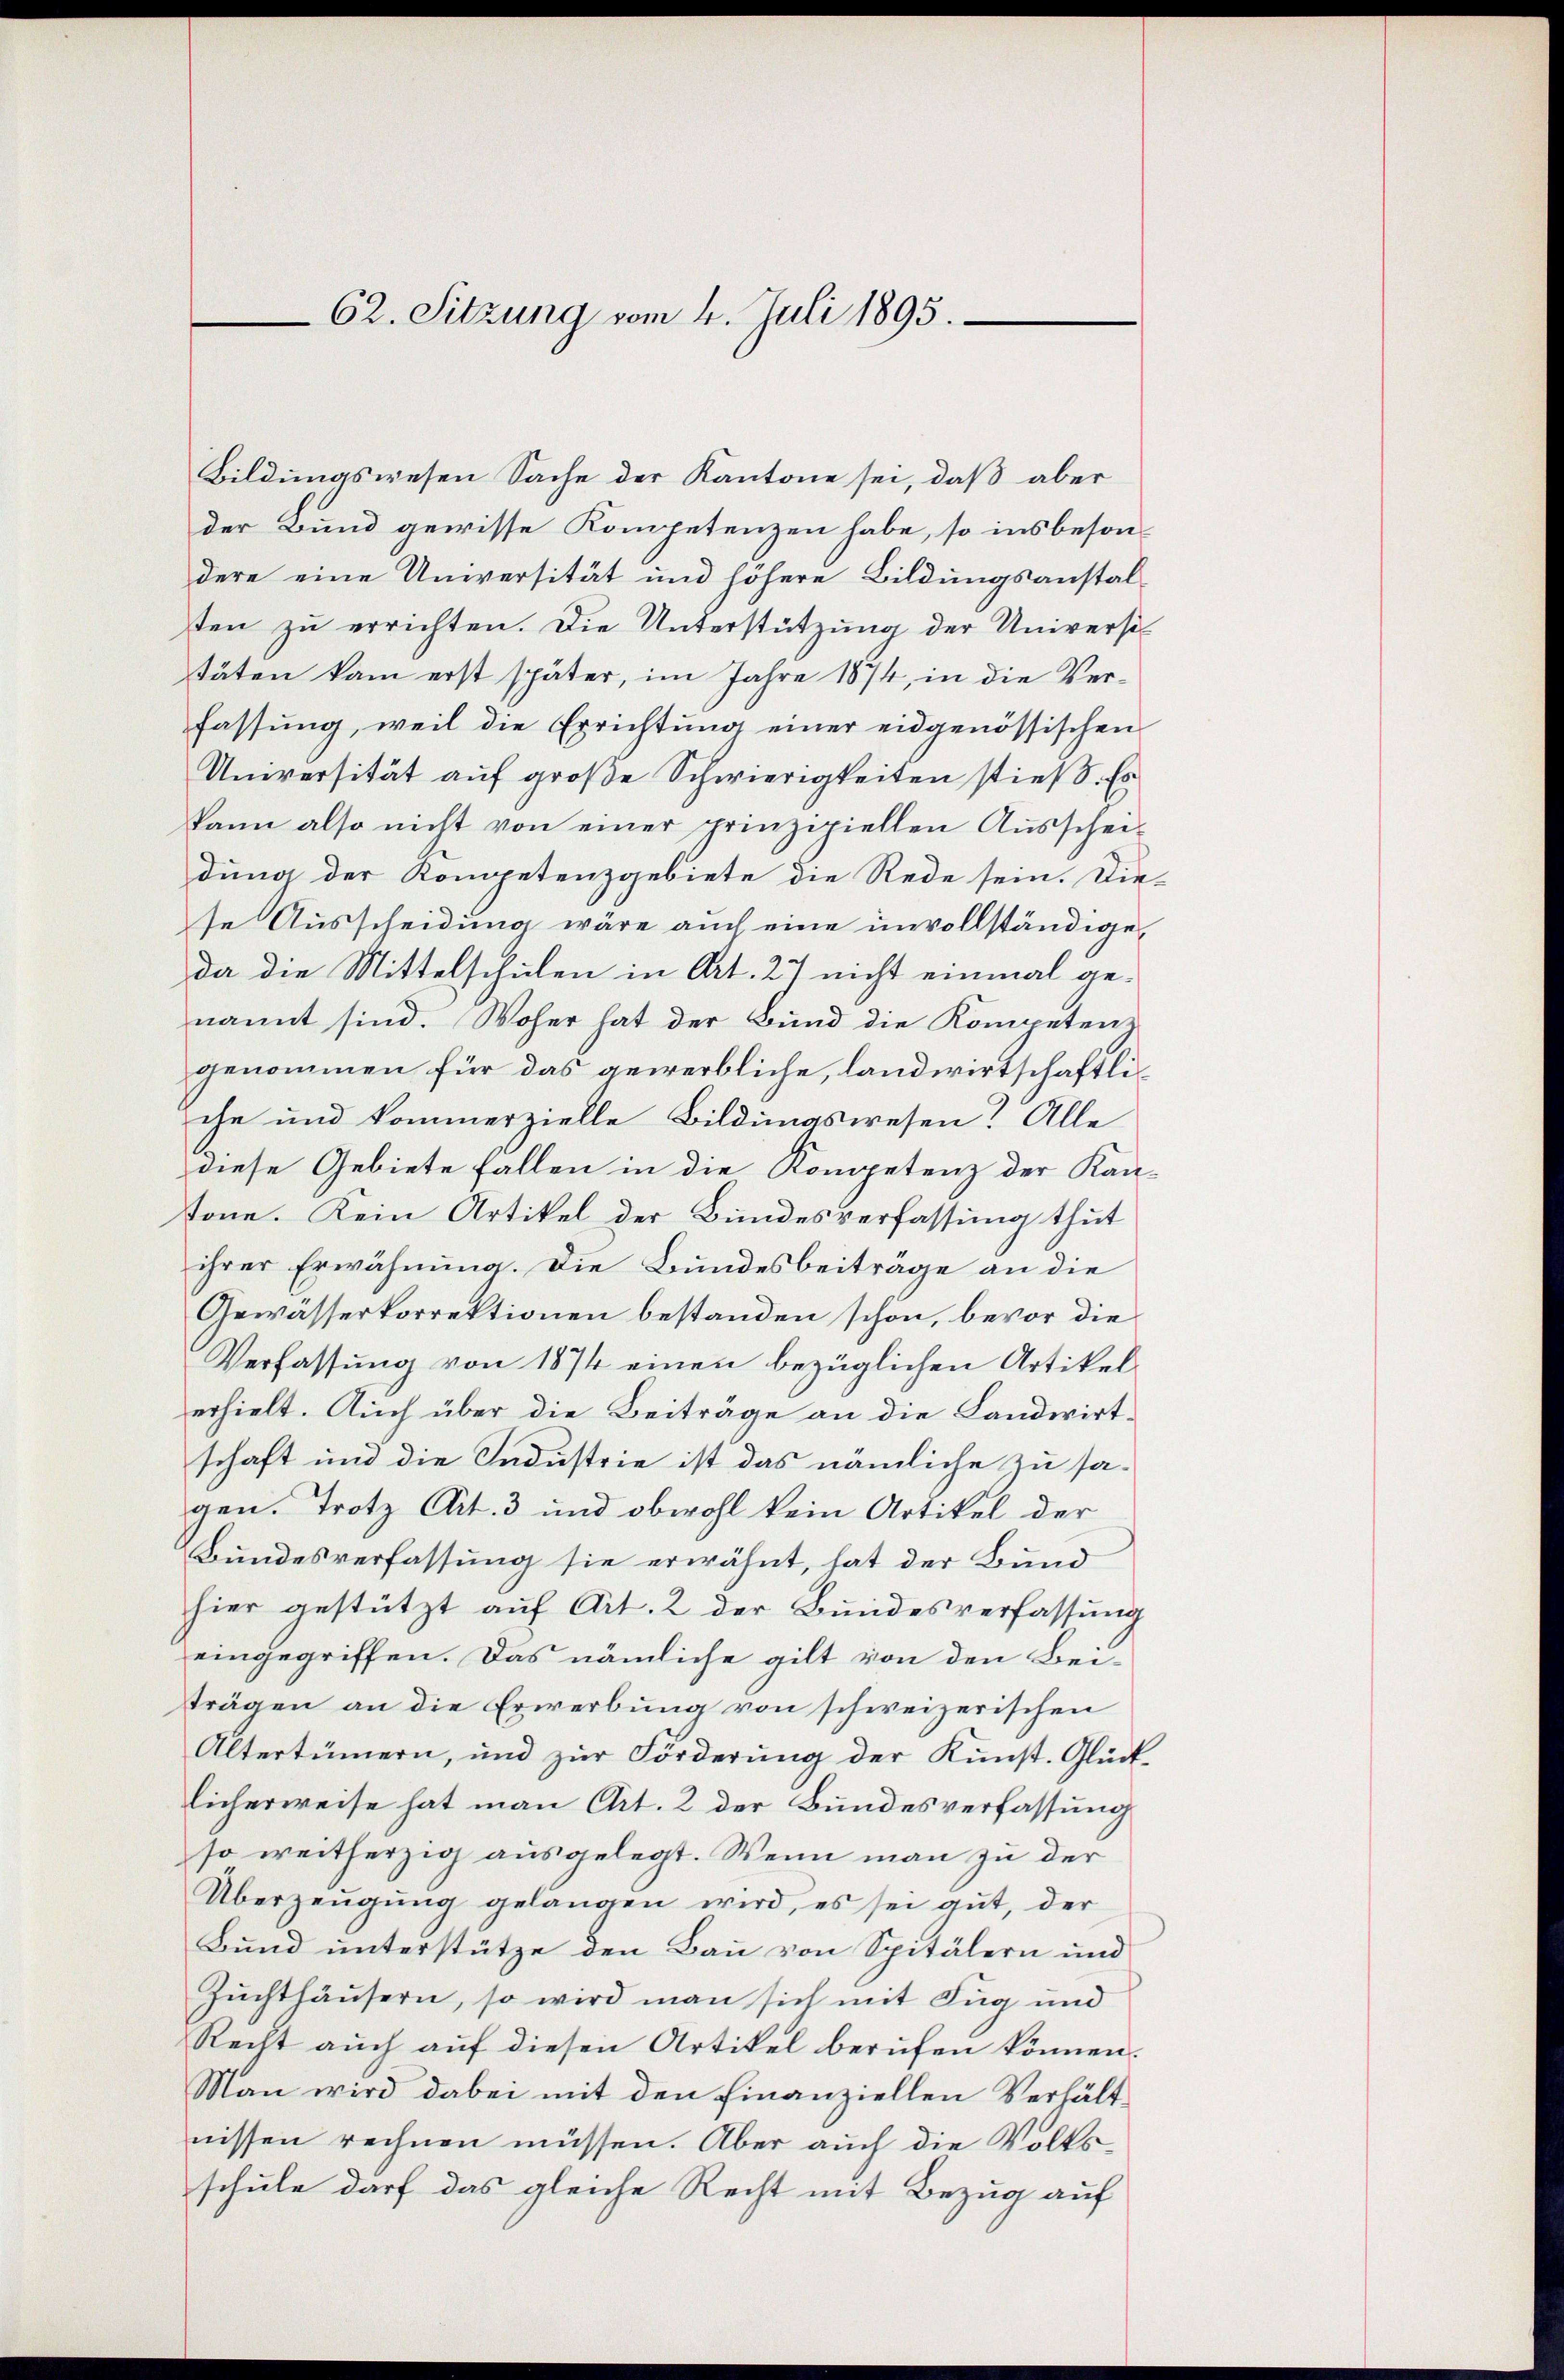
62. Sitzung vom 4. Juli 1895.

Bildungswesen Sache der Kantone sei, daß aber
der Bund gewisse Kompetenzen habe, so insbesondere eine Universität und höhere Bildungsanstalten zu errichten. Die Unterstützung der Universi
täten kam erst später, im Jahre 1874, in die Verfassung, weil die Errichtung einer eidgenössischen
Universität auf große Schwierigkeiten stieß. Es
kann also nicht von einer prinzipiellen Ausschei-
dung der Kompetenzgebiete die Rede sein. Die-
se Ausscheidung wäre auch eine unvollständige,
da die Mittelschulen in Art. 27 nicht einmal genannt sind. Woher hat der Bund die Kompetenz
genommen für das gewerbliche, landwirtschaftliche und kommerzielle Bildungswesen? Alle
diese Gebiete fallen in die Kompetenz der Kan-
tone. Kein Artikel der Bundesverfassung thut
ihrer Erwähnung. Die Bundesbeiträge an die
Gewässerkorrektionen bestanden schön, bevor die
Verfassŭng von 1874 einen bezüglichen Artikel-
erhielt. Auch über die Beiträge an die Landwirtschaft und die Industrie ist das nämliche zu sagen. Trotz Art. 3 und obwohl kein Artikel der
Bundesverfassung sie erwähnt, hat der Bund
hier gestützt auf Art. 2 der Bundesverfassung
eingegriffen. Das nämliche gilt von den Beiträgen an die Erwerbung von schweizerischen
Altertümern, und zŭr Förderŭng der Kŭnst. Glück-
licherweise hat man Art. 2 der Bundesverfassung
so weitherzig ausgelegt. Wenn man zu der
Überzeugung gelangen wird, es sei gut, der
Bund unterstütze den Bau von Spitälern und
Zuchthäusern, so wird man sich mit Fug und
Recht auch auf diesen Artikel berufen können.
Man wird dabei mit den Finanziellen Verhältnissen rechnen müssen. Aber auch die Volksschule darf das gleiche Recht mit Bezug auf